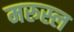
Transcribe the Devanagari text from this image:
मरुस्ल